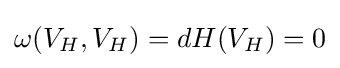
\omega (V_{H},V_{H})=dH(V_{H})=0